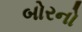
બોરનો